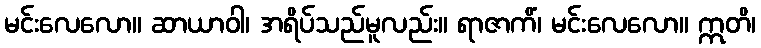
မင်းလေလော။ ဆာယာဝါ၊ အရိပ်သည်မူလည်း။ ရာဇာကိံ၊ မင်းလေလော။ ဣတိ၊